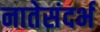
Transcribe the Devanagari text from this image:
नातेसंदर्भ